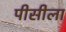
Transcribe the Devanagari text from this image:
पीसीला